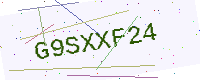
Text: G9SXXF24